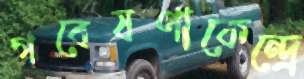
গবেষণাকেন্দ্রে